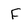
Character: F